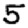
Digit: 5